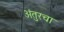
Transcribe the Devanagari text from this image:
अंतुरचा